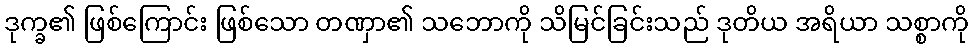
ဒုက္ခ၏ ဖြစ်ကြောင်း ဖြစ်သော တဏှာ၏ သဘောကို သိမြင်ခြင်းသည် ဒုတိယ အရိယာ သစ္စာကို